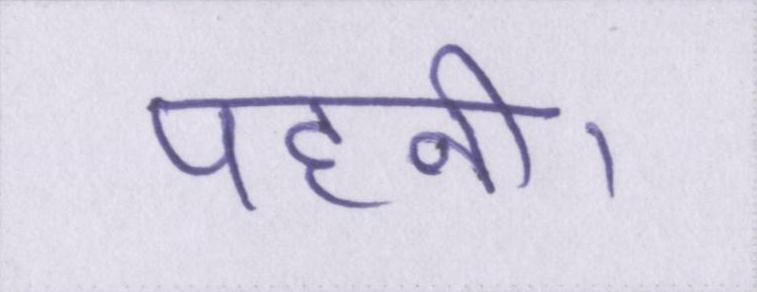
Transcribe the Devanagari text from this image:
पहनी।